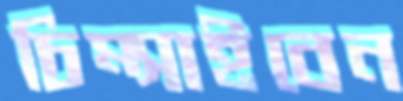
চিম্‌সাইবেন